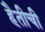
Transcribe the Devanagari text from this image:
हैतीची